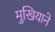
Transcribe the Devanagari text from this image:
मुखियाने